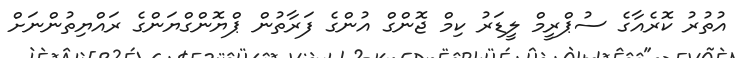
އުތުރު ކޮރެއާގެ ސުޕްރީމް ލީޑަރު ކިމް ޖޮންގް އުންގެ ފަރާތުން ޕްޔޮންގްޔަންގެ ރައްޔިތުންނަށް